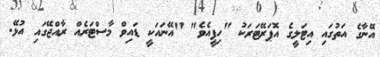
އޭނާގެ އަތުގައި އިޓަލީގެ އޮޕަރޭޓަރަކު "ހިފީއެވެ" "އޭނައަކީ ޑައިވް މާސްޓަރެއް ރާއްޖޭގައި އުޅޭ.